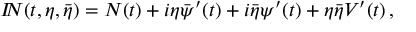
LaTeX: { I \! \! N } ( t , \eta , \bar { \eta } ) = N ( t ) + i \eta \bar { \psi } ^ { \prime } ( t ) + i \bar { \eta } \psi ^ { \prime } ( t ) + \eta \bar { \eta } { \cal V } ^ { \prime } ( t ) \, ,